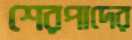
শেরপাদের